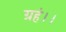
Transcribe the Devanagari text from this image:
ग्रहं।।